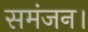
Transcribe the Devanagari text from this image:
समंजन।